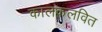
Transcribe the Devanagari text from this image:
कालकलवित